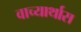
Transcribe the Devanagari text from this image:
वाच्यार्थास